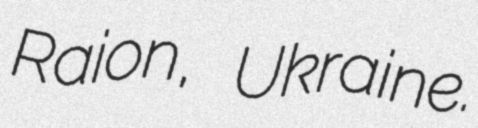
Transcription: Raion, Ukraine.